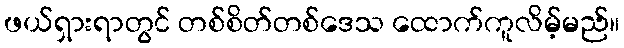
ဖယ်ရှားရာတွင် တစ်စိတ်တစ်ဒေသ ထောက်ကူလိမ့်မည်။